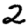
Digit: 2